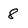
Character: 8